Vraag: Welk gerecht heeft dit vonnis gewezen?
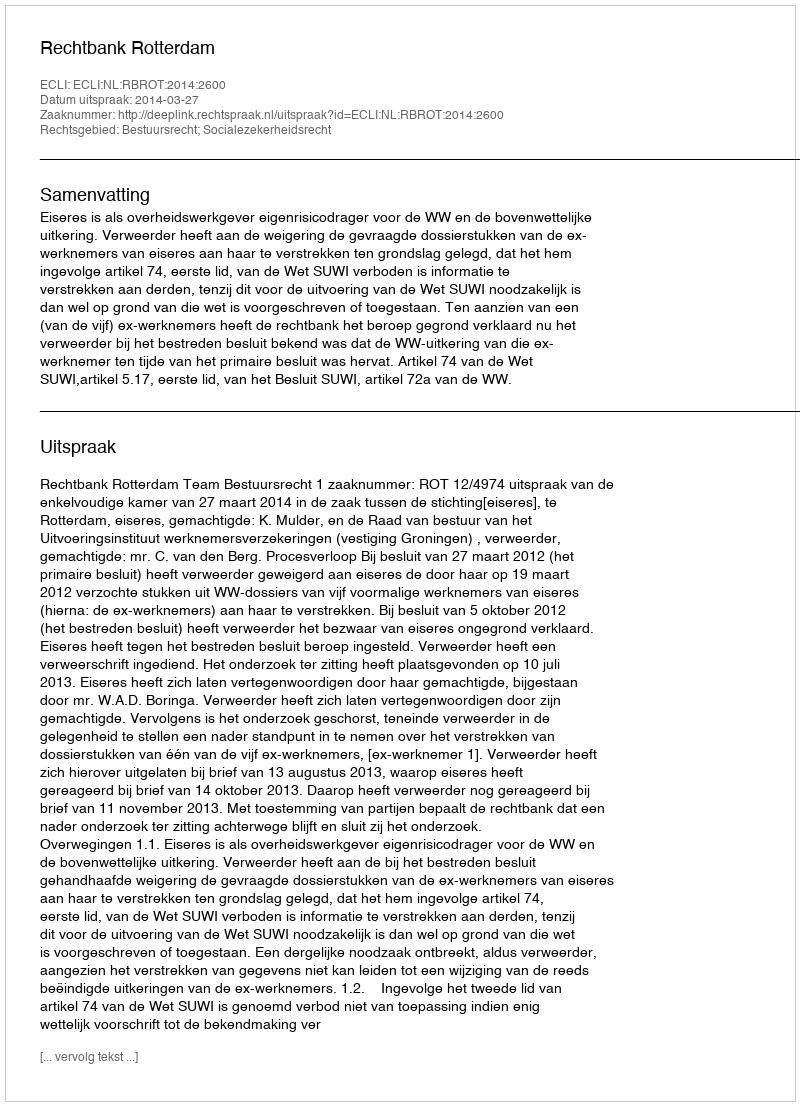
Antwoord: Rechtbank Rotterdam